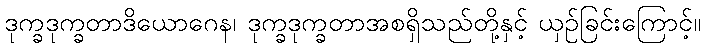
ဒုက္ခဒုက္ခတာဒိယောဂေန၊ ဒုက္ခဒုက္ခတာအစရှိသည်တို့နှင့် ယှဉ်ခြင်းကြောင့်။